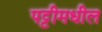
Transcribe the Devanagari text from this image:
पट्टीमधील